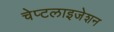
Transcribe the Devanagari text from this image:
चेप्टलाइजेशन